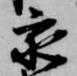
亥